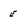
Character: e